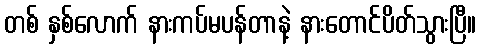
တစ် နှစ်လောက် နားကပ်မပန်တာနဲ့ နားတောင်ပိတ်သွားပြီ။